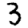
Digit: 3